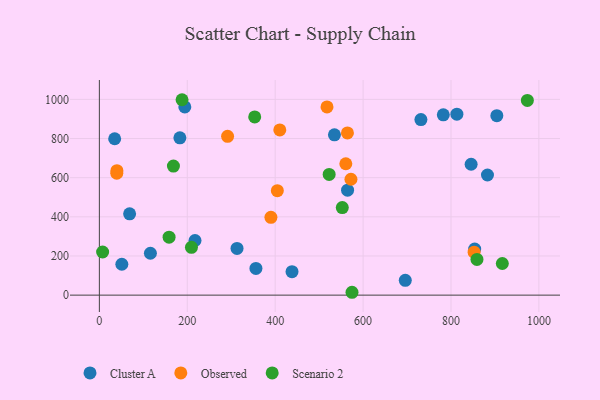
{"axis": {"x": "Study Hours", "y": "Exam Score"}, "legend": ["Cluster A", "Observed", "Scenario 2"], "data": [{"x": "731.6", "y": 897.0, "type": "Cluster A"}, {"x": "183.2", "y": 803.4, "type": "Cluster A"}, {"x": "564.7", "y": 536.2, "type": "Cluster A"}, {"x": "845.8", "y": 668.5, "type": "Cluster A"}, {"x": "116.1", "y": 214.0, "type": "Cluster A"}, {"x": "883.0", "y": 613.7, "type": "Cluster A"}, {"x": "313.2", "y": 238.6, "type": "Cluster A"}, {"x": "696.0", "y": 75.5, "type": "Cluster A"}, {"x": "813.4", "y": 924.4, "type": "Cluster A"}, {"x": "904.3", "y": 916.7, "type": "Cluster A"}, {"x": "438.3", "y": 119.7, "type": "Cluster A"}, {"x": "34.8", "y": 798.8, "type": "Cluster A"}, {"x": "356.2", "y": 136.2, "type": "Cluster A"}, {"x": "194.4", "y": 961.2, "type": "Cluster A"}, {"x": "782.5", "y": 921.0, "type": "Cluster A"}, {"x": "534.8", "y": 818.8, "type": "Cluster A"}, {"x": "68.8", "y": 415.3, "type": "Cluster A"}, {"x": "51.1", "y": 157.7, "type": "Cluster A"}, {"x": "217.6", "y": 279.2, "type": "Cluster A"}, {"x": "853.9", "y": 235.5, "type": "Cluster A"}, {"x": "517.9", "y": 961.6, "type": "Observed"}, {"x": "410.5", "y": 844.1, "type": "Observed"}, {"x": "560.7", "y": 671.2, "type": "Observed"}, {"x": "291.7", "y": 811.4, "type": "Observed"}, {"x": "564.4", "y": 828.8, "type": "Observed"}, {"x": "572.4", "y": 592.0, "type": "Observed"}, {"x": "39.9", "y": 635.9, "type": "Observed"}, {"x": "390.3", "y": 397.4, "type": "Observed"}, {"x": "852.6", "y": 219.3, "type": "Observed"}, {"x": "39.6", "y": 622.7, "type": "Observed"}, {"x": "404.9", "y": 533.5, "type": "Observed"}, {"x": "552.7", "y": 447.1, "type": "Scenario 2"}, {"x": "7.4", "y": 220.4, "type": "Scenario 2"}, {"x": "859.1", "y": 182.5, "type": "Scenario 2"}, {"x": "574.8", "y": 14.6, "type": "Scenario 2"}, {"x": "188.1", "y": 998.2, "type": "Scenario 2"}, {"x": "522.8", "y": 616.6, "type": "Scenario 2"}, {"x": "158.6", "y": 296.0, "type": "Scenario 2"}, {"x": "168.5", "y": 659.3, "type": "Scenario 2"}, {"x": "973.8", "y": 994.6, "type": "Scenario 2"}, {"x": "916.8", "y": 161.5, "type": "Scenario 2"}, {"x": "209.5", "y": 244.2, "type": "Scenario 2"}, {"x": "353.4", "y": 910.2, "type": "Scenario 2"}]}